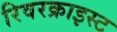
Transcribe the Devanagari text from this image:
रिवरक्राइस्ट